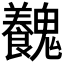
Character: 𩴽